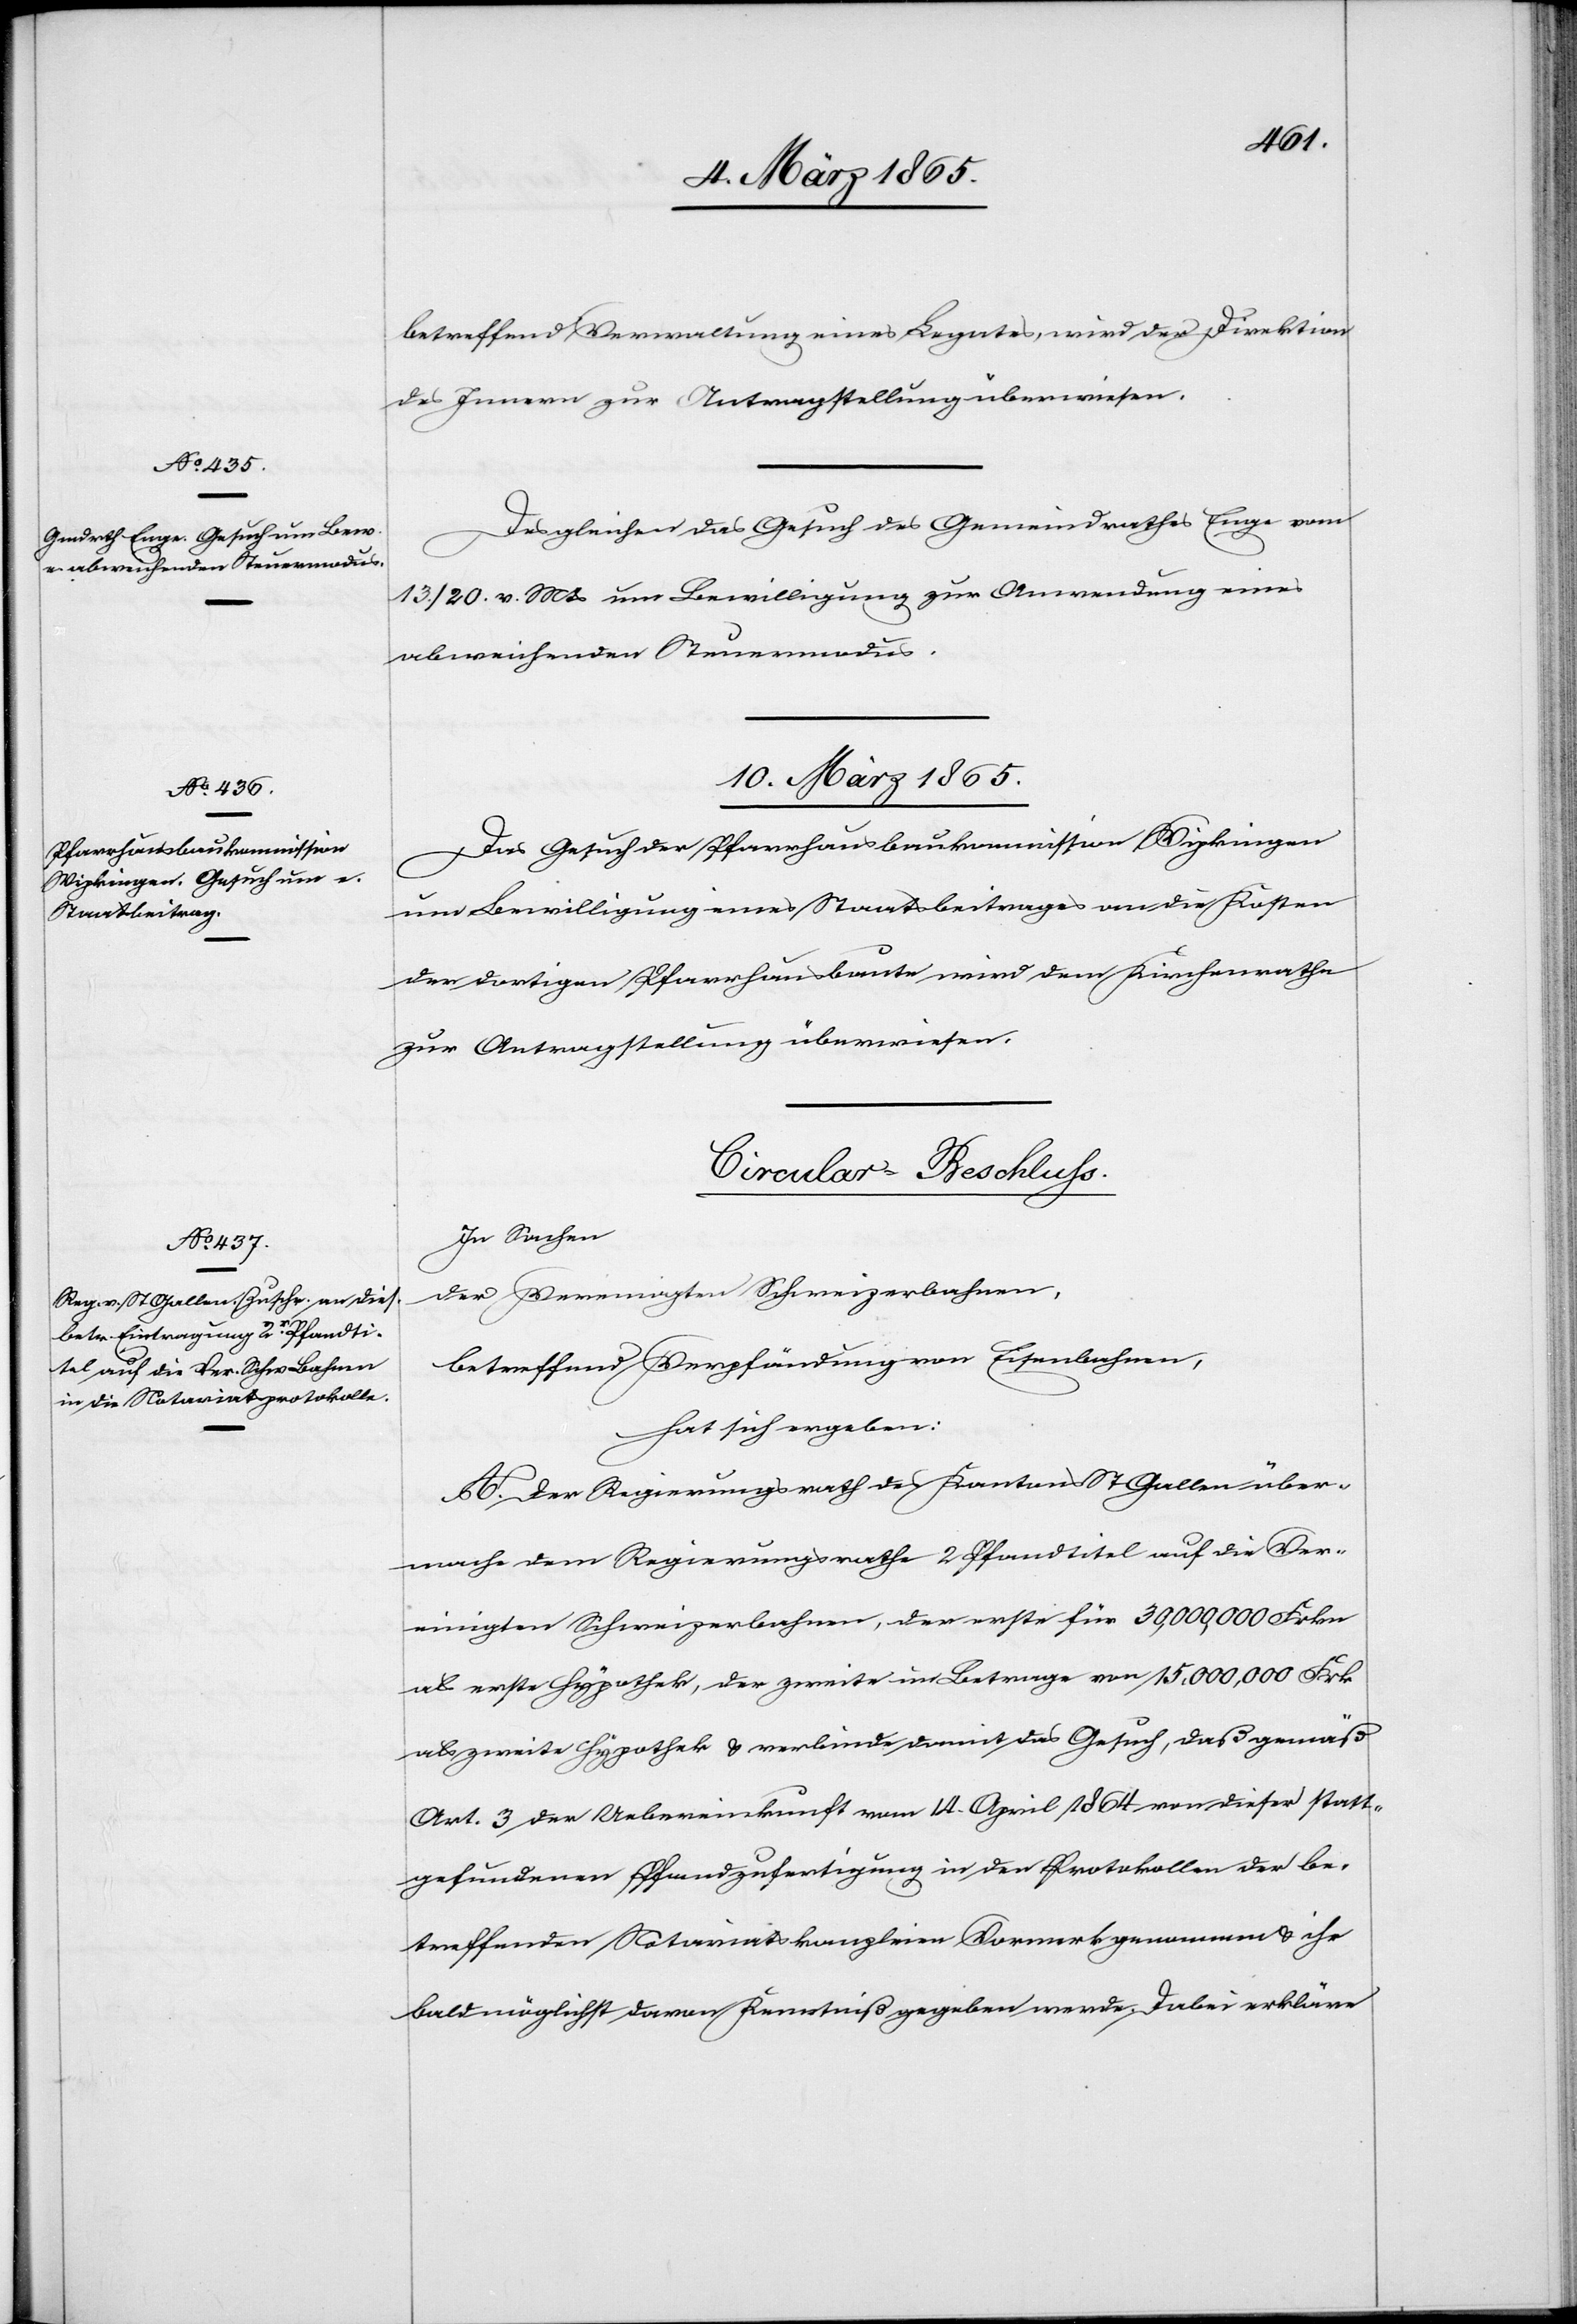
9. März 1865.]
betreffend Verwaltung eines Legates, wird der Direktion
des Innern zur Antragstellung überwiesen
Desgleichen das Gesuch des Gemeindrathes Enge vom
13./20. v. Mts um Bewilligung zur Anwendung eines
abweichenden Steuermodus.
[10. März 1865.]
Das Gesuch der Pfarrhausbaukommission Wipkingen
um Bewilligung eines Staatsbeitrages an die Kosten
der dortigen Pfarrhausbaute wird dem Kirchenrathe
zur Antragstellung überwiesen.
Circular-Beschluss.
In Sachen
der Vereinigten Schweizerbahnen,
betreffend Verpfändung von Eisenbahnen,
hat sich ergeben:
A. Der Regierungsrath des Kantons St Gallen über¬
mache dem Regierungsrathe 2 Pfandtitel auf die Ver¬
einigten Schweizerbahnen, der erste für 30,000,000 Frkn
als erste Hypothek, der zweite im Betrage von 15,000,000 Frk
als zweite Hypothek u. verbinde damit das Gesuch, daß gemäß
Art. 3 der Uebereinkunft vom 14. April 1864 von dieser statt¬
gefundenen Pfandzufertigung in den Protokollen der be¬
treffenden Notariatskanzleien Vormerk genommen u. ihr
baldmöglichst davon Kenntniß gegeben werde. Dabei erkläre